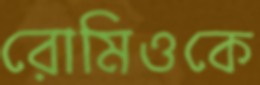
রোমিওকে